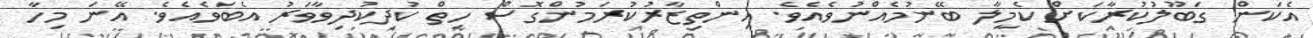
އެކަން ގަބޫލުކުރާކަށް ކެމީލާ ބޭނުމެއްނުވެއެވެ. އިންތިޒާރުކުރަމުންގޮސް ހިތް ކުދިކުދިވާވަރު އެބަވެއެވެ. އޭނަ މިހާ